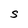
Character: S